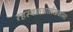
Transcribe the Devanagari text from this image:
रहस्यकथालेखकांना